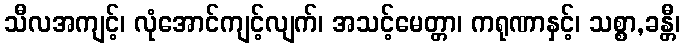
သီလအကျင့်၊ လုံအောင်ကျင့်လျက်၊ အသင့်မေတ္တာ၊ ကရုဏာနှင့်၊ သစ္စာ,ခန္တီ၊